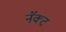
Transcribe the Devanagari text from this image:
नॅक्ट